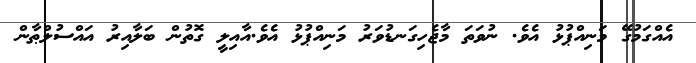
އެއްގަމުގޭ މަނިއްޕުޅު އެވެ. ނުވަތަ މާޖެހިގަނޑުވަރު މަނިއްޕުޅު އެވެ.އާއިލީ ގޮތުން ބަލާއިރު އައްސުލްޠާން